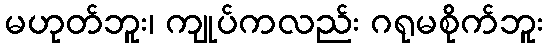
မဟုတ်ဘူး၊ ကျုပ်ကလည်း ဂရုမစိုက်ဘူး